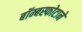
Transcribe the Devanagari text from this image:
बॉम्बस्फोटाने